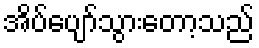
အိပ်ပျော်သွားတော့သည်